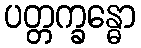
ပတ္တက္ခန္ဓော